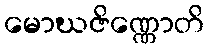
မောဃဇိဏ္ဏောတိ